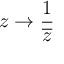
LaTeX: z \rightarrow { \frac { 1 } { \overline { { z } } } }